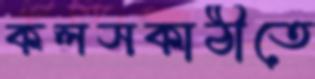
কলসকাঠীতে